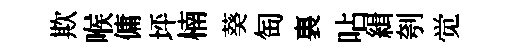
欺喉傭坪楠葵匋裏呫緝刳觉